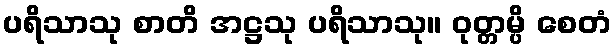
ပရိသာသု စာတိ အဋ္ဌသု ပရိသာသု။ ဝုတ္တမ္ပိ စေတံ